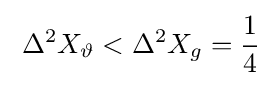
\;\Delta ^{2}X_{\vartheta }<\Delta ^{2}X_{g}={\frac {1}{4}}